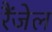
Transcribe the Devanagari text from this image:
रैंजेल